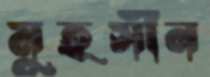
মুহসীন